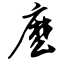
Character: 麽